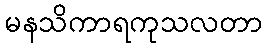
မနသိကာရကုသလတာ